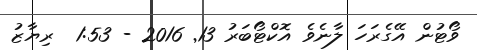
ވޯޓުން އޭގެރަހަ ލާނެވެ އޮކްޓޯބަރު 13